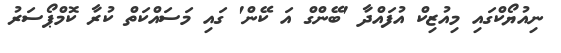
ނިއުޔޯކްގައި މިއުޒިކް އުފައްދާ 'ބޭންގް އަ ކޭން' ގައި މަސައްކަތް ކުރާ ކޮމްޕޯސަރު